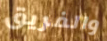
والفريق